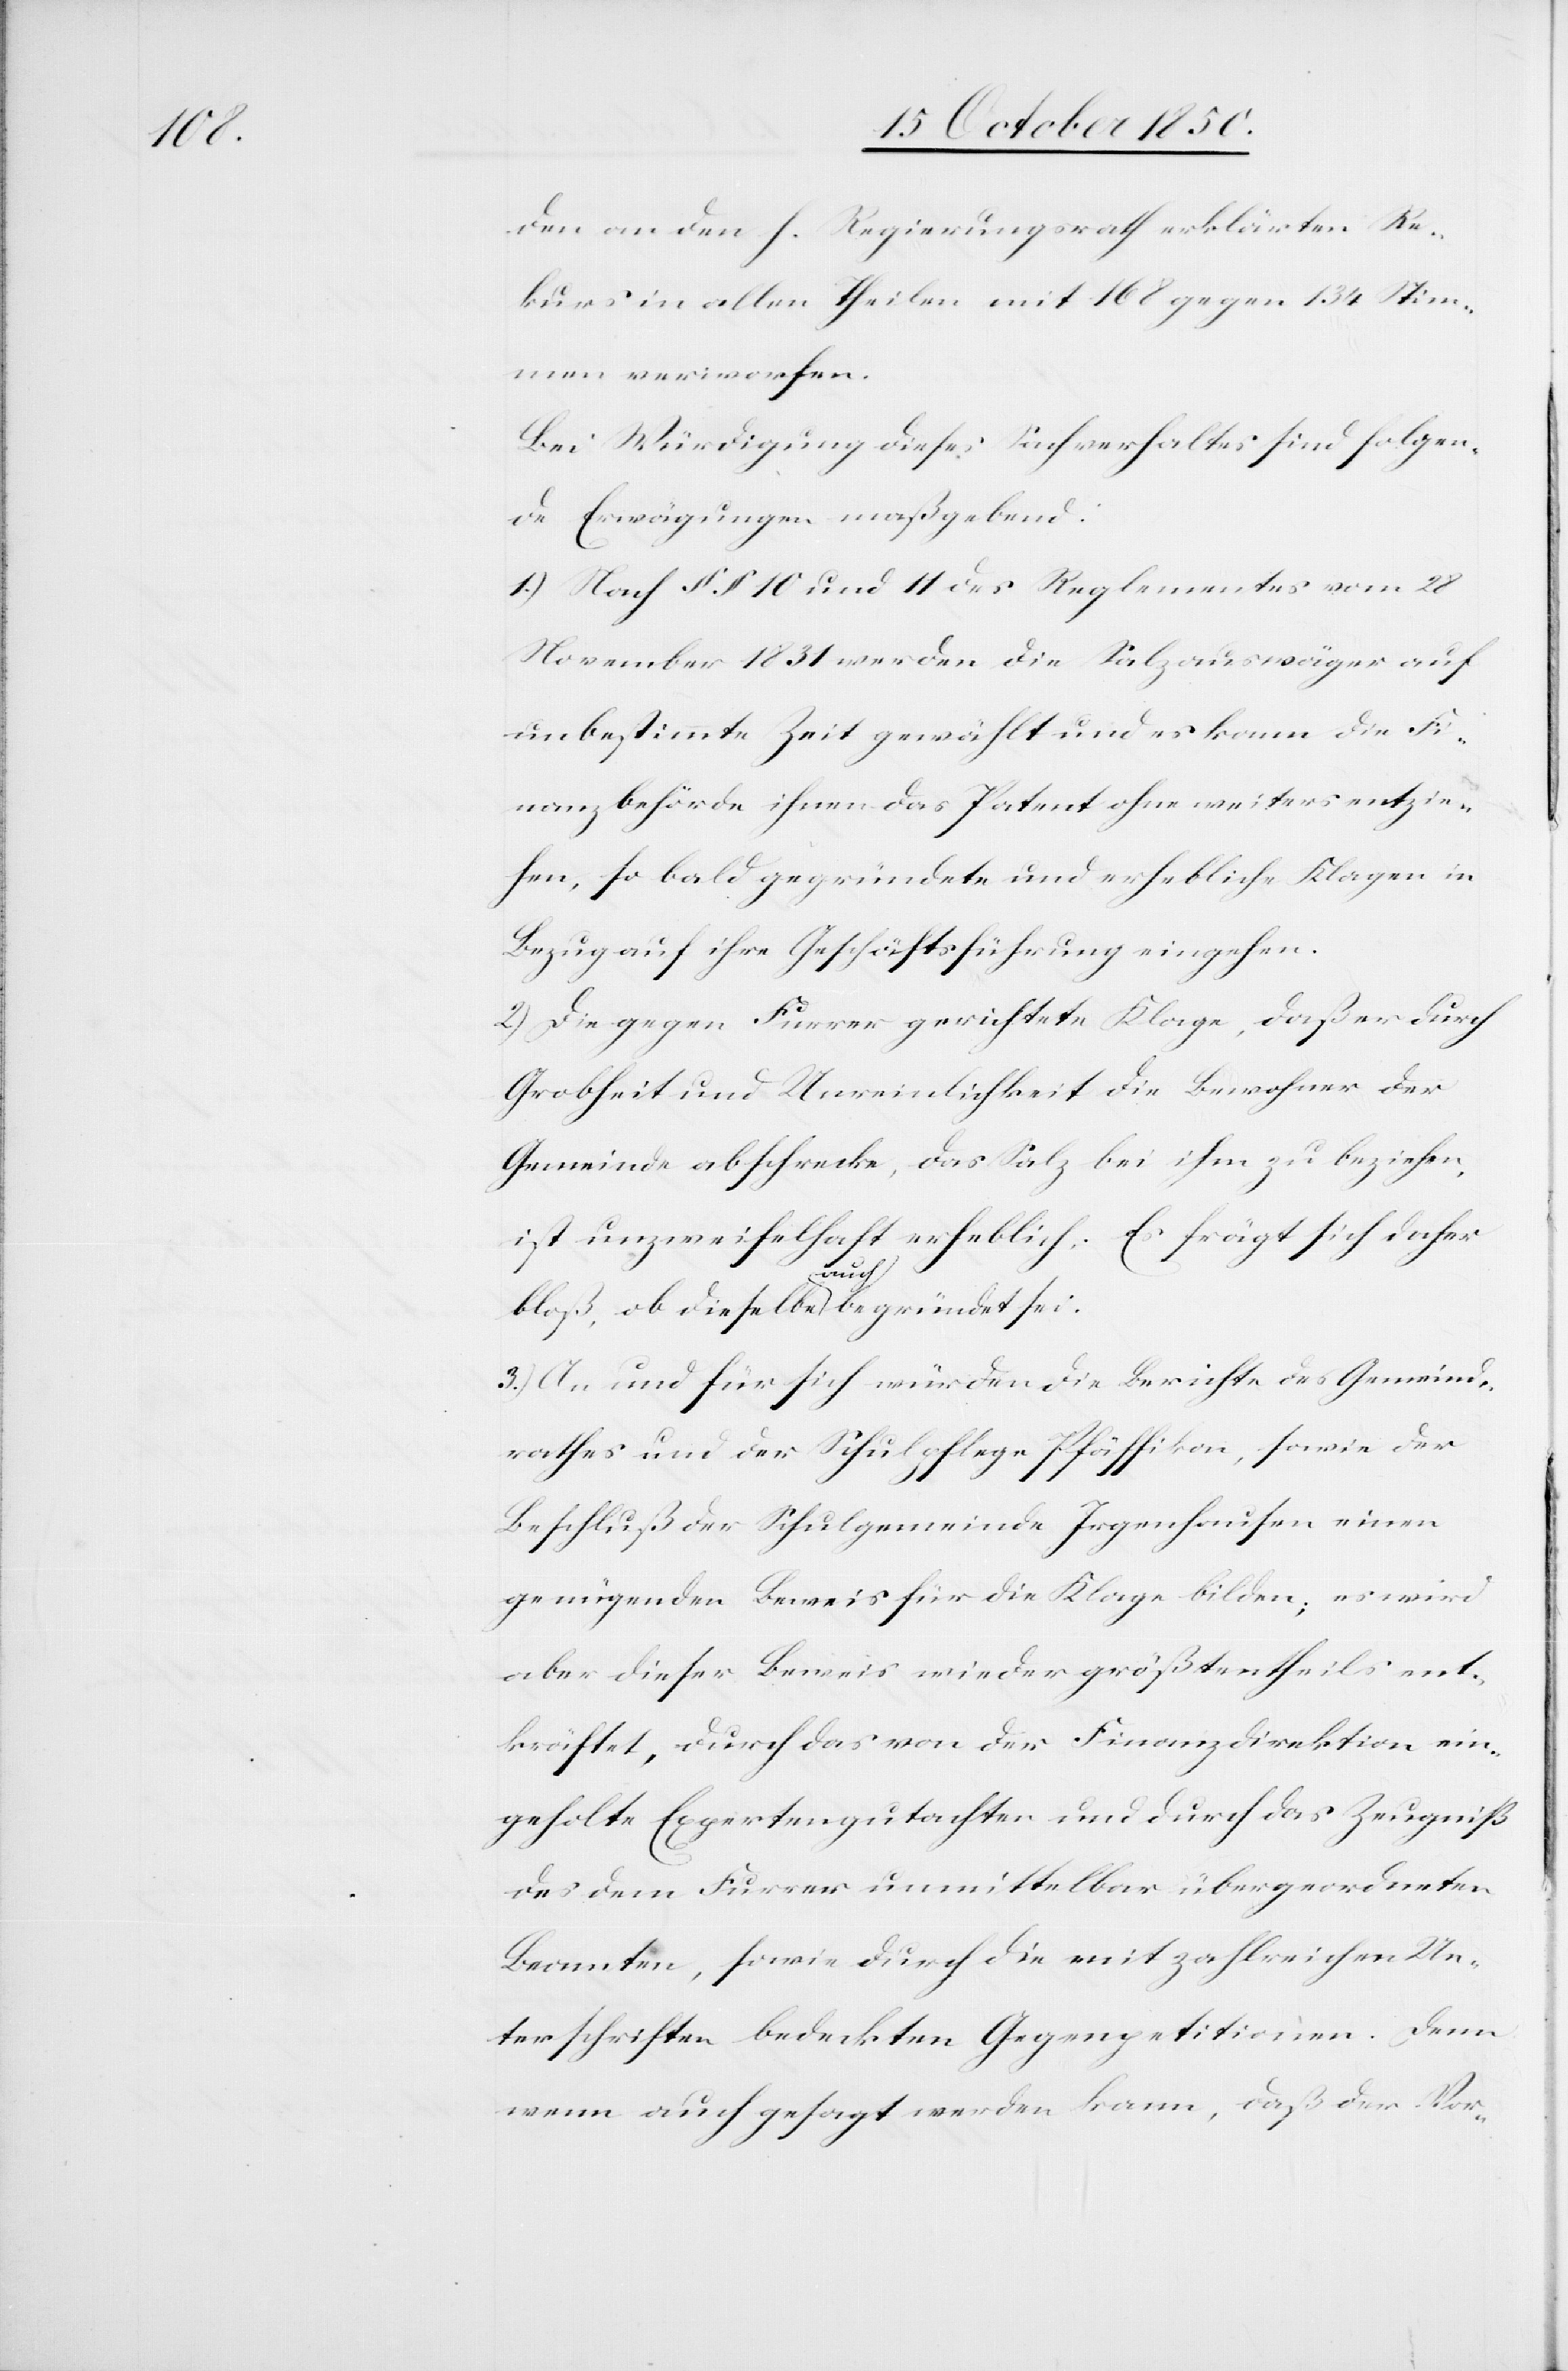
den an den h. Regierungsrath erklärten Re¬
kurs in allen Theilen mit 168 gegen 134 Stim¬
men verworfen.
Bei Würdigung dieses Sachverhaltes sind folgen¬
de Erwägungen maßgebend:
1.) Nach § § 10 und 11 des Reglementes vom 28
November 1831 werden die Salzauswäger auf
unbestimmte Zeit gewählt und es kann die Fi¬
nanzbehörde ihnen das Patent ohne weiters entzie¬
hen, so bald gegründete und erhebliche Klagen in
Bezug auf ihre Geschäftsführung eingehen.
2) Die gegen Furrer gerichtete Klage, daß er durch
Grobheit und Unreinlichkeit die Bewohner der
Gemeinde abschrecke, das Salz bei ihm zu beziehen,
ist unzweifelhaft erheblich. Es frägt sich daher
bloß, ob dieselbe auch begründet sei.
3.) An und für sich würden die Berichte des Gemeind¬
rathes und der Schulpflege Pfäffikon, sowie der
Beschluß der Schulgemeinde Irgenhausen einen
genügenden Beweis für die Klage bilden; es wird
aber dieser Beweis wieder größtentheils ent¬
kräftet, durch das von der Finanzdirektion ein¬
geholte Expertengutachten und durch das Zeugniß
des dem Furrer unmittelbar übergeordneten
Beamten, sowie durch die mit zahlreichen Un¬
terschriften bedeckten Gegenpetitionen. Denn
wenn auch gesagt werden kann, daß der Vor-